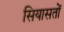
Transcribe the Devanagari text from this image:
सियासतों